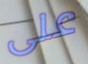
على